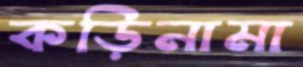
কড়িনামা